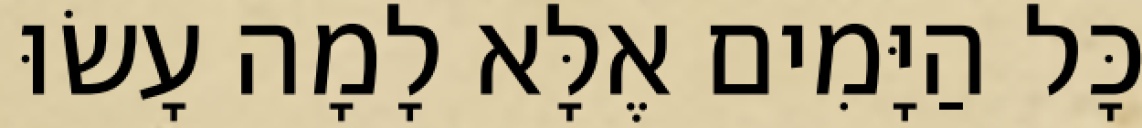
כָּל הַיָּמִים אֶלָּא לָמָה עָשׂוּ